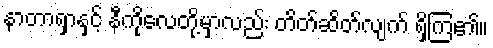
နာတာရှာနှင့် နီကိုလေတို့မှာလည်း တိတ်ဆိတ်လျက် ရှိကြ၏။